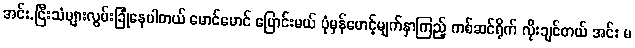
အင်း.ငြီးသံများလွမ်းခြုံနေပါတယ် မောင်မောင် ပြောင်းမယ် ပုံမှန်မောင့်မျက်နှာကြည့် ကစ်ဆင်ရိုက် လိုးချင်တယ် အင်း မ